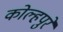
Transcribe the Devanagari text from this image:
कोल्हपुरे